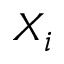
X _ { i }